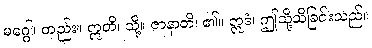
မဂ္ဂေါ၊ တည်း။ ဣတိ၊ သို့။ ဇာနာတိ၊ ၏။ ဣဒံ၊ ဤသို့သိခြင်းသည်။